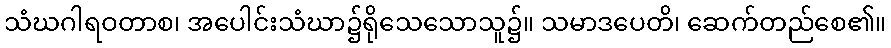
သံဃဂါရဝတာစ၊ အပေါင်းသံဃာ၌ရိုသေသောသူ၌။ သမာဒပေတိ၊ ဆေက်တည်စေ၏။